Vaccination in the Punjab 1867-1880 - 1867-1880
Year: 1867
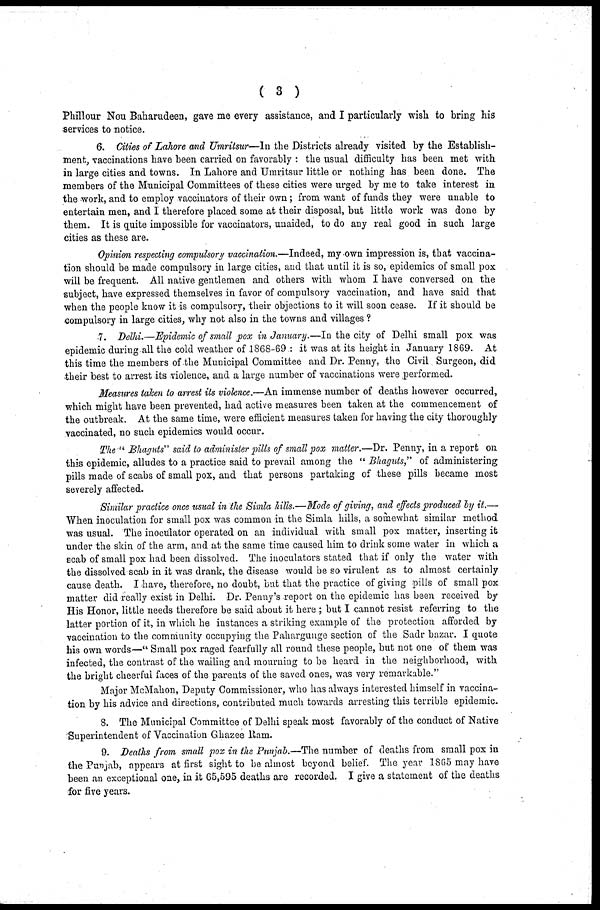
( 3 )
Phillour Nou Baharudeen, gave me every assistance, and I particularly wish to bring his
services to notice.
6. Cities of Lahore and Umritsur—In the Districts already visited by the Establish-
ment, vaccinations have been carried on favorably : the usual difficulty has been met with
in large cities and towns. In Lahore and Umritsur little or nothing has been done. The
members of the Municipal Committees of these cities were urged by me to take interest in
the work, and to employ vaccinators of their own; from want of funds they were unable to
entertain men, and I therefore placed some at their disposal, but little work was done by
them. It is quite impossible for vaccinators, unaided, to do any real good in such large
cities as these are.
Opinion respecting compulsory vaccination.—Indeed, my own impression is, that vaccina-
tion should be made compulsory in large cities, and that until it is so, epidemics of small pox
will be frequent. All native gentlemen and others with whom I have conversed on the
subject, have expressed themselves in favor of compulsory vaccination, and have said that
when the people know it is compulsory, their objections to it will soon cease. If it should be
compulsory in large cities, why not also in the towns and villages ?
7. Delhi.—Epidemic of small pox in January.—In the city of Delhi small pox was
epidemic during all the cold weather of 1868-69 : it was at its height in January 1869. At
this time the members of the Municipal Committee and Dr. Penny, the Civil Surgeon, did
their best to arrest its violence, and a large number of vaccinations were performed.
Measures taken to arrest its violence.—An immense number of deaths however occurred,
which might have been prevented, had active measures been taken at the commencement of
the outbreak. At the same time, were efficient measures taken for having the city thoroughly
vaccinated, no such epidemics would occur.
The " Bhaguts" said to administer pills of small pox matter.—Dr. Penny, in a report on
this epidemic, alludes to a practice said to prevail among the " Bhaguts," of administering
pills made of scabs of small pox, and that persons partaking of these pills became most
severely affected.
Similar practice once usual in the Simla hills.-Mode of giving, and effects produced by it.—
When inoculation for small pox was common in the Simla hills, a somewhat similar method
was usual. The inoculator operated on an individual with small pox matter, inserting it
under the skin of the arm, and at the same time caused him to drink some water in which a
scab of small pox had been dissolved. The inoculators stated that if only the water with
the dissolved scab in it was drank, the disease would be so virulent as to almost certainly
cause death. I have, therefore, no doubt, but that the practice of giving pills of small pox
matter did really exist in Delhi. Dr. Penny's report on the epidemic has been received by
His Honor, little needs therefore be said about it here; but I cannot resist referring to the
latter portion of it, in which he instances a striking example of the protection afforded by
vaccination to the community occupying the Pahargunge section of the Sadr bazar. I quote
his own words—" Small pox raged fearfully all round these people, but not one of them was
infected, the contrast of the wailing and mourning to be heard in the neighborhood, with
the bright cheerful faces of the parents of the saved ones, was very remarkable."
Major McMahon, Deputy Commissioner, who has always interested himself in vaccina-
tion by his advice and directions, contributed much towards arresting this terrible epidemic.
8. The Municipal Committee of Delhi speak most favorably of the conduct of Native
Superintendent of Vaccination Ghazee Ram.
9. Deaths from small pox in the Punjab.—The number of deaths from small pox in
the Punjab, appears at first sight to be almost beyond belief. The year 1865 may have
been an exceptional one, in it 65,595 deaths are recorded. I give a statement of the deaths
for five years.